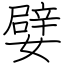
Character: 嬖